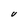
Character: U